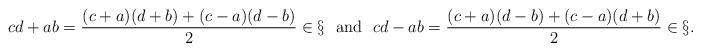
LaTeX: \begin{align*} cd + ab = \frac{(c+a)(d+b) + (c-a)(d-b)}{2} \in \S ~~\textup{and}~~ cd - ab = \frac{(c+a)(d-b) + (c-a)(d+b)}{2} \in \S . ~~ \end{align*}